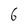
Character: 6